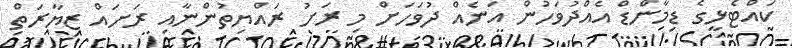
ކައްޓެޅީގެ ޑިމާންޑް އެއްދުވަހުން އަނެއް ދުވަހަށް މި ރަށު ރައްޔިތުންނާއި ރަށައް ޒިޔާރަތް